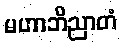
မဟာဘိညာတံ